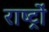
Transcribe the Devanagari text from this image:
राष्ट्रांे